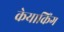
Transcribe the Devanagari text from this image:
केयाकिंग